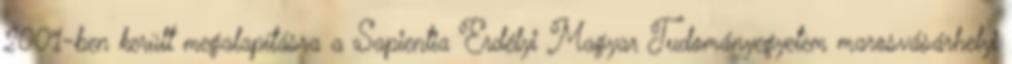
2001-ben került megalapításra a Sapientia Erdélyi Magyar Tudományegyetem marosvásárhelyi